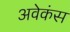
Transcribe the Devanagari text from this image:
अवेकंस